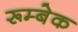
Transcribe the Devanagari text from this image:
रूम्बेक